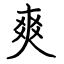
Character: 爽